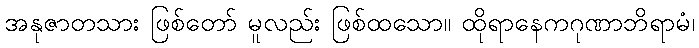
အနုဇာတသား ဖြစ်တော် မူလည်း ဖြစ်ထသော။ ထိုရာနေကဂုဏာဘိရာမံ၊